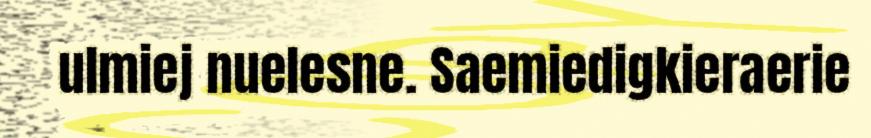
ulmiej nuelesne. Saemiedigkieraerie